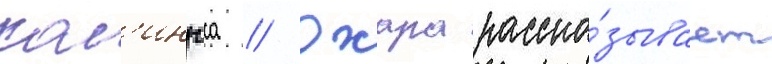
кол'ингса // Охара расска́зывает